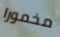
مخمورا